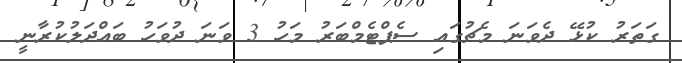
ގަތަރު ކުޅޭ ދެވަނަ މެޗުގައި ސެޕްޓެމްބަރު މަހު 3 ވަނަ ދުވަހު ބައްދަލުކުރާނީ